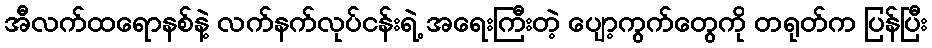
အီလက်ထရောနစ်နဲ့ လက်နက်လုပ်ငန်းရဲ့ အရေးကြီးတဲ့ ပျော့ကွက်တွေကို တရုတ်က ပြန်ပြီး